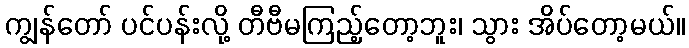
ကျွန်တော် ပင်ပန်းလို့ တီဗီမကြည့်တော့ဘူး၊ သွား အိပ်တော့မယ်။